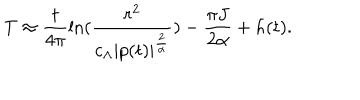
T \approx \frac { t } { 4 \pi } \ln ( \frac { r ^ { 2 } } { c _ { \Lambda } | p ( t ) | ^ { \frac { 2 } { \alpha } } } ) - \frac { \pi J } { 2 \alpha } + h ( t ) .